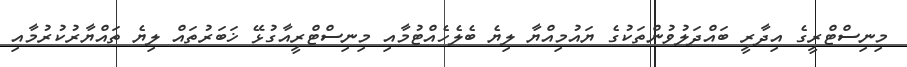
މިނިސްޓްރީގެ އިދާރީ ބައްދަލުވުންތަކުގެ ޔައުމިއްޔާ ލިޔެ ބެލެހެއްޓުމާއި މިނިސްޓްރީއާގުޅޭ ޚަބަރުތައް ލިޔެ ތައްޔާރުކުރުމާއި